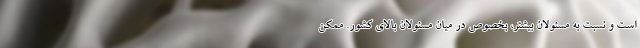
است و نسبت به مسئولان بیشتر، بخصوص در میان مسئولان بالای کشور. ممکن